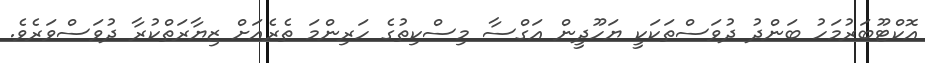
އޮކްޓޫބަރުމަހު ބަންދު ދުވަސްތަކަކީ ޔަހޫދީން އަގްސާ މިސްކިތުގެ ހަރިންމަ ތެރެއަށް ޒިޔާރަތްކުރާ ދުވަސްވަރެވެ.